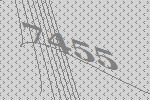
7455